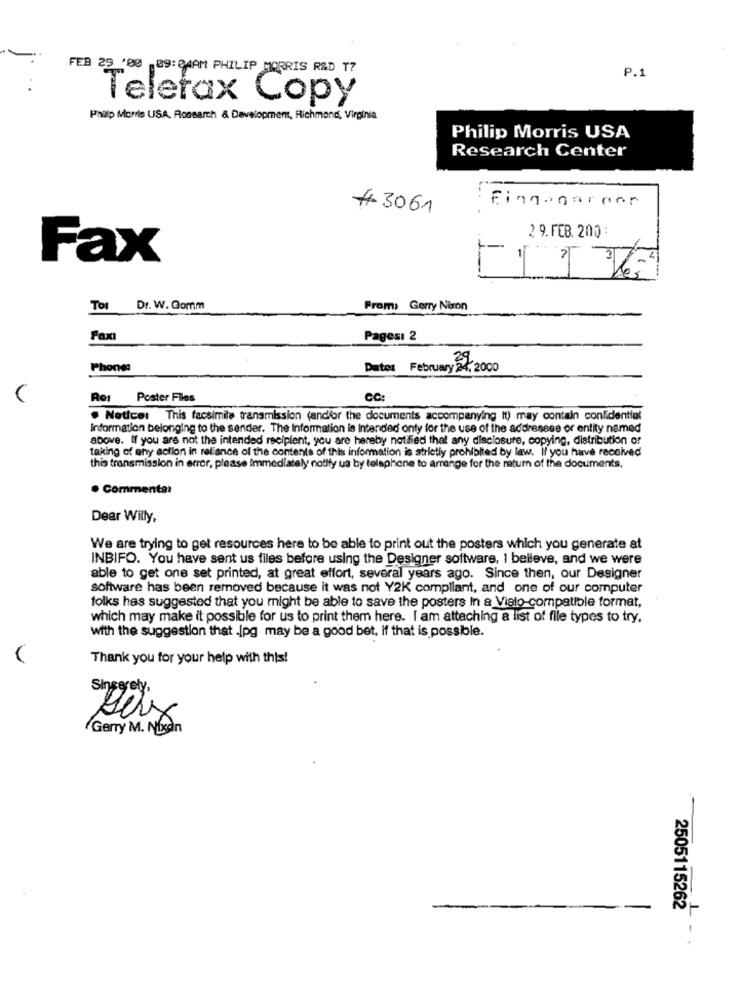
FEB 25 '00 09: 24AM PHILIP MORRIS R&D 17
P.1
Telefax Copy
Philip Morris USA, Possarch & Development, Richmond, Virginia
Philip Morris USA
Research Center
# 3061
:Fingogarner
2 9. FEB. 200
Fax
m
-
To
Dr. W. Gomm
From: Gerry Nixon
Faxı
Pagesı 2
Phone:
Date: February 24, 2000
(
Ros Poster Files
CC:
. Notice: This facsimile transmission (andfor the documents accompanying It) may contain confidential
Information belonging to the sender. The Information is Intended only for the use of the addressee or entity named
above. If you are not the intended recipient, you are hereby notified that any disclosure, copying, distribution or
taking of any action in reliance of the contents of this information is strictly prohibited by law. If you have received
this transmission in error, please immediately notify us by telephone to arrange for the return of the documents,
· Commenta:
Dear Willy,
We are trying to get resources here to be able to print out the posters which you generate at
INBIFO. You have sent us files before using the Designer software, I believe, and we were
able to get one set printed, at great effort, several years ago. Since then, our Designer
software has been removed because it was not Y2K compliant, and one of our computer
folks hes suggested that you might be able to save the posters In a Visio-compatible format,
which may make it possible for us to print them here. I am attaching a list of file types to try.
with the suggestion that .[pg may be a good bet, If that is possible.
Thank you for your help with this!
Sincerely,
Gerry M. Nixon
2505115262